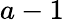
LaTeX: a-1